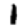
Digit: 1